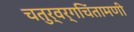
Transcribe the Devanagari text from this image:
चतुर्वर्गचिंतामणी